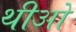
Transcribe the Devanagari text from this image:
थीओ